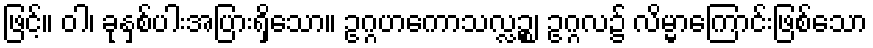
ဖြင့်။ ဝါ၊ ခုနှစ်ပါးအပြားရှိသော။ ဥဂ္ဂဟကောသလ္လဉ္စ၊ ဥဂ္ဂလ၌ လိမ္မာကြောင်းဖြစ်သော